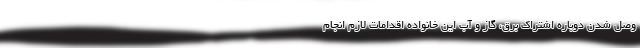
وصل شدن دوباره اشتراک برق، گاز و آب این خانواده اقدامات لازم انجام